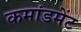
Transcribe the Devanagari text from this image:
कमांडमेंट